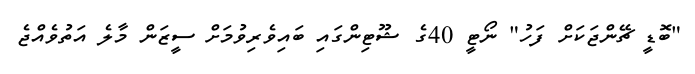
"ބޮޑީ ޗޭންޖަކަށް ފަހު" ނޯޓީ 40ގެ ޝޫޓިންގައި ބައިވެރިވުމަށް ސީޒަން މާލެ އަތުވެއްޖެ